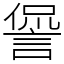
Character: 諐